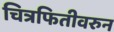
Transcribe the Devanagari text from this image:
चित्रफितीवरुन